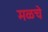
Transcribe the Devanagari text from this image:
मळचे